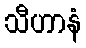
သီဟာနံ